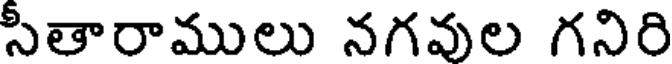
సీతారాములు నగవుల గనిరి